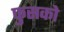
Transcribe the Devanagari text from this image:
फुसको